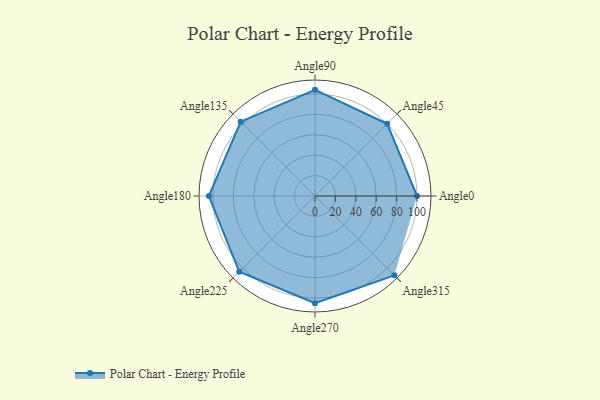
{"axis": {"x": "Angle", "y": "Radius"}, "legend": [""], "data": [{"x": "Angle0", "y": 100.0, "type": ""}, {"x": "Angle45", "y": 100.0, "type": ""}, {"x": "Angle90", "y": 104.0, "type": ""}, {"x": "Angle135", "y": 103.0, "type": ""}, {"x": "Angle180", "y": 104.0, "type": ""}, {"x": "Angle225", "y": 105.0, "type": ""}, {"x": "Angle270", "y": 105.0, "type": ""}, {"x": "Angle315", "y": 110.0, "type": ""}]}